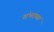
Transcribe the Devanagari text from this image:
शंभरच्या